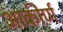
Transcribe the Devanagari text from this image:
आकीर्ण